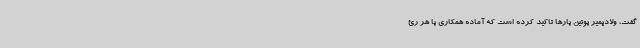
گفت، ولادیمیر پوتین بارها تاکید کرده است که آماده همکاری با هر رئ